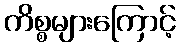
ကိစ္စများကြောင့်